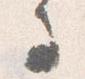
寺